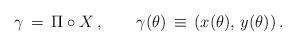
LaTeX: \begin{align*}\gamma\,=\,\Pi\circ X\,,\qquad\gamma(\theta) \,\equiv\, \left(x(\theta),\, y(\theta)\right).\end{align*}